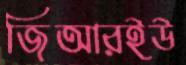
জিআরইউ